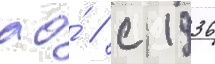
ао́ / с 1936